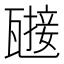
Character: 𤮌